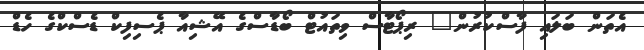
އެތަން ބަލައި ފާސްކުރުން" ރިޕޯޓާސް ވިތައުޓް ބޯޑާސްގެ އޭޝިއާ ޕެސިފިކް ޑެސްކްގެ ހެޑް